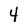
Character: 4